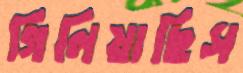
গিলিয়াছিস